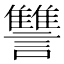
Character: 讐